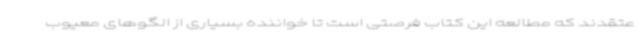
عتقدند که مطالعه این کتاب فرصتی است تا خواننده بسیاری از الگوهای معیوب